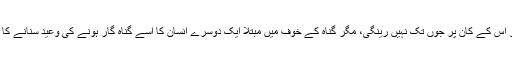
غلام نبی کہتا ہے، کہ ناچنے کی دعوت پر اس کے کان پر جوں تک نہیں رینگی، مگر گناہ کے خوف میں مبتلا ایک دوسرے انسان کا اسے گناہ گار ہونے کی وعید سنانے کا حال، اس کے اعصاب پر بجلی بن کر گرا۔